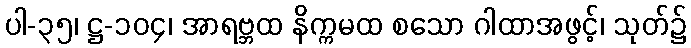
ပါ-၃၅၊ ဋ္ဌ-၁၀၄၊ အာရဗ္ဘထ နိက္ကမထ စသော ဂါထာအဖွင့်၊ သုတ်၌